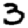
Digit: 3